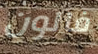
فالون